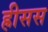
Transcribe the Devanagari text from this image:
ह्रीसस